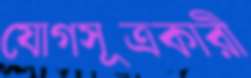
যোগসূত্রকারী